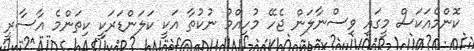
ކޮންމެއަކަސް މީގައި ވިސްނާލަން ޖެހޭ މުހިއްމު ނުކުތާ އަކީ ކަލަންޑަރަކީ ކިތަންމެ އާސާރީ